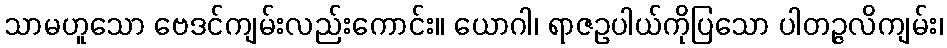
သာမဟူသော ဗေဒင်ကျမ်းလည်းကောင်း။ ယောဂါ၊ ရာဇဥပါယ်ကိုပြသော ပါတဉ္ဇလိကျမ်း၊